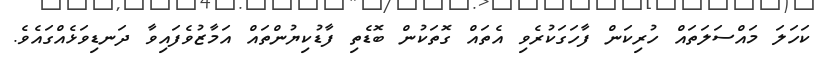
ކަހަލަ މައްސަލަަތައް ހުރިކަން ފާހަގަކުރެވި އެތައް ގޮތަކުން ބޮޑެތި ފާޑުކިޔުންތައް އަމާޒުވެފައިވާ ދަނޑިވަޅެއްގައެވެ.